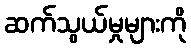
ဆက်သွယ်မှုများကို